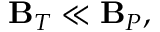
\mathbf { B } _ { T } \ll \mathbf { B } _ { P } ,